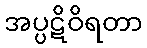
အပ္ပဋိဝိရတာ